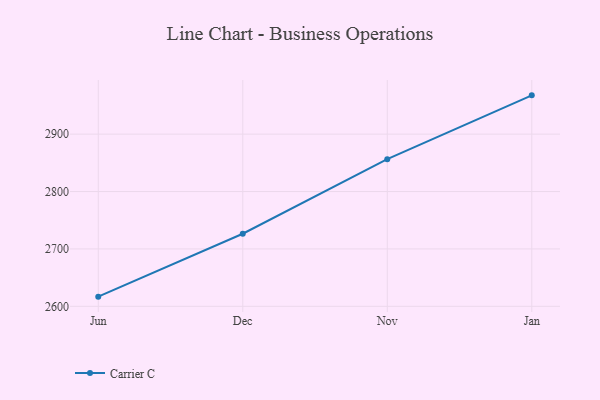
{"axis": {"x": "Month", "y": "Revenue (USD Million)"}, "legend": ["Carrier C"], "data": [{"x": "Jun", "y": 2616.9, "type": "Carrier C"}, {"x": "Dec", "y": 2726.5, "type": "Carrier C"}, {"x": "Nov", "y": 2856.4, "type": "Carrier C"}, {"x": "Jan", "y": 2967.6, "type": "Carrier C"}]}